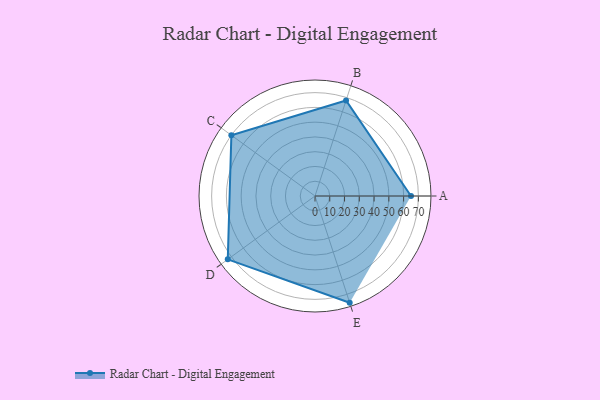
{"axis": {"x": "Skill", "y": "Score"}, "legend": ["Profile"], "data": [{"x": "A", "y": 65.0, "type": "Profile"}, {"x": "B", "y": 68.0, "type": "Profile"}, {"x": "C", "y": 70.0, "type": "Profile"}, {"x": "D", "y": 73.0, "type": "Profile"}, {"x": "E", "y": 76.0, "type": "Profile"}]}